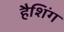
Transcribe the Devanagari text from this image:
हैशिंग